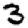
Digit: 3